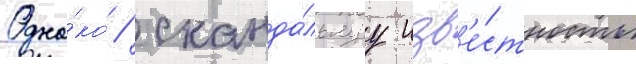
Одна́ко / сканда́льнуу изв'е́стность